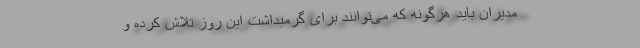
مدیران باید هرگونه که می‌توانند برای گرمیداشت این روز تلاش کرده و